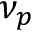
\nu _ { p }